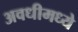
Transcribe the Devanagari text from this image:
अवधीमध्ये